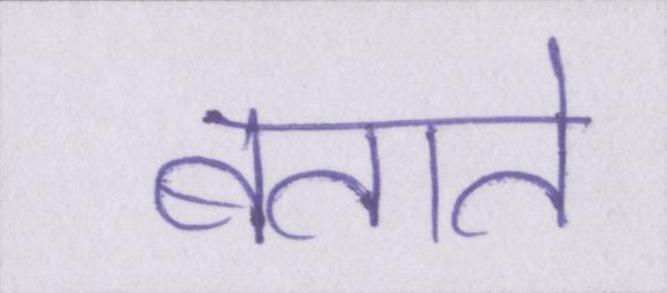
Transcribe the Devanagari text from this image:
बताते